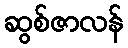
ဆွစ်ဇာလန်